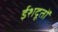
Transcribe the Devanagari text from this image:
ईशदूतों